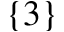
\{ 3 \}